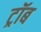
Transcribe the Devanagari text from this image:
ट्रॉब